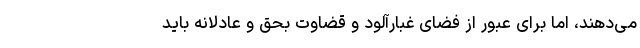
می‌دهند، اما برای عبور از فضای غبارآلود و قضاوت بحق و عادلانه باید